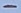
Text: -